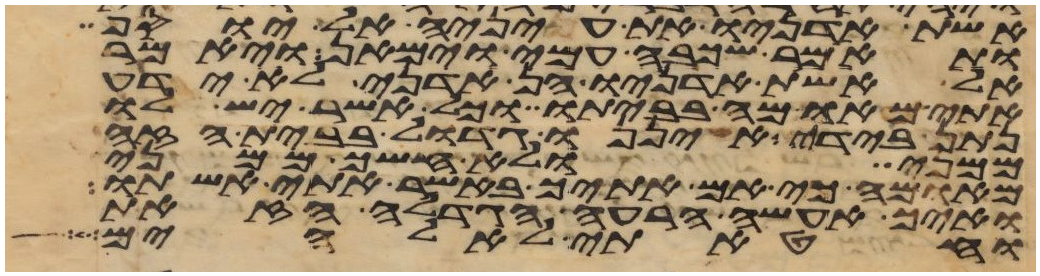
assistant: אשת אדניו את עיניה אל יוסף
ותאמר שכבה עמי וימאן ויאמר
אל אשת אדניו הן אדני לא ידע
אתי מאומה בביתו וכל אשר יש לו
נתן בידי איננו גדול בבית הזה
ממני ולא חשך ממני
מאומה כי אם אתיך באשר אתי אשתו
ואיך אעשה הרעה הגדלה הזאת
וחטאתי לאלהים